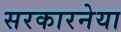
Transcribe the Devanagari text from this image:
सरकारनेया